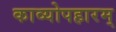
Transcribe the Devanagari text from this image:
काव्योपहारम्